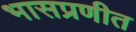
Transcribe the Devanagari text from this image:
भासप्रणीत